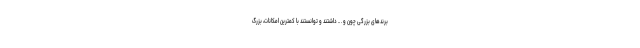
برندهای بزرگی چون و . .. داشتند و توانستند با کمترین امکانات، بزرگ